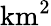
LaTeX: \mathrm{km^{2}}